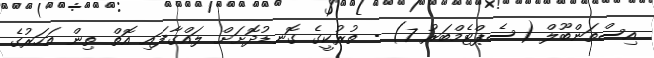
އިސްތަންބޫލް (ސެޕްޓެމްބަރު 7) - ތުރުކީގެ ގޮނޑުދޮށަށް ލައްގާފައި އޮތް ތިން އަހަރުގެ